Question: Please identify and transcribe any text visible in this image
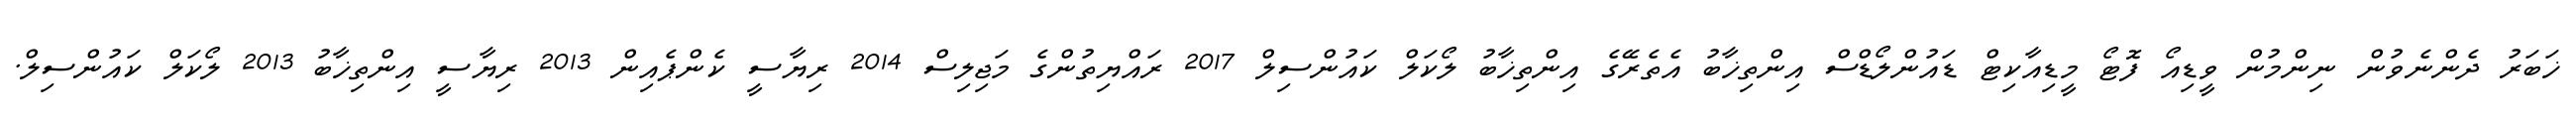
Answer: ޚަބަރު ދެންނެވުން ނިންމުން ވީޑިއޯ ފޮޓޯ މީޑިއާކިޓް ޑައުންލޯޑްސް އިންތިޚާބު އެތެރޭގެ އިންތިޚާބު ލޯކަލް ކައުންސިލް 2017 ރައްޔިތުންގެ މަޖިލިސް 2014 ރިޔާސީ ކެންޕެއިން 2013 ރިޔާސީ އިންތިޚާބު 2013 ލޯކަލް ކައުންސިލް.